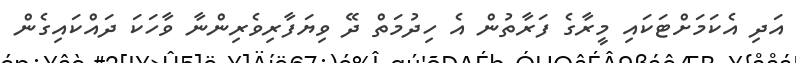
އަދި އެކަމަށްޓަކައި މީރާގެ ފަރާތުން އެ ހިދުމަތް ދޭ ވިޔަފާރިވެރިންނާ ވާހަކަ ދައްކައިގެން